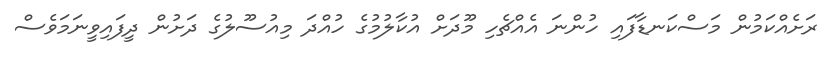
ރަށެއްކަމުން މަސްކަނޑާފައި ހުންނަ އެއްޗެހި މޫދަށް އުކާލުމުގެ ހުއްދަ މިއުސޫލުގެ ދަށުން ދީފައިވީނަމަވެސް